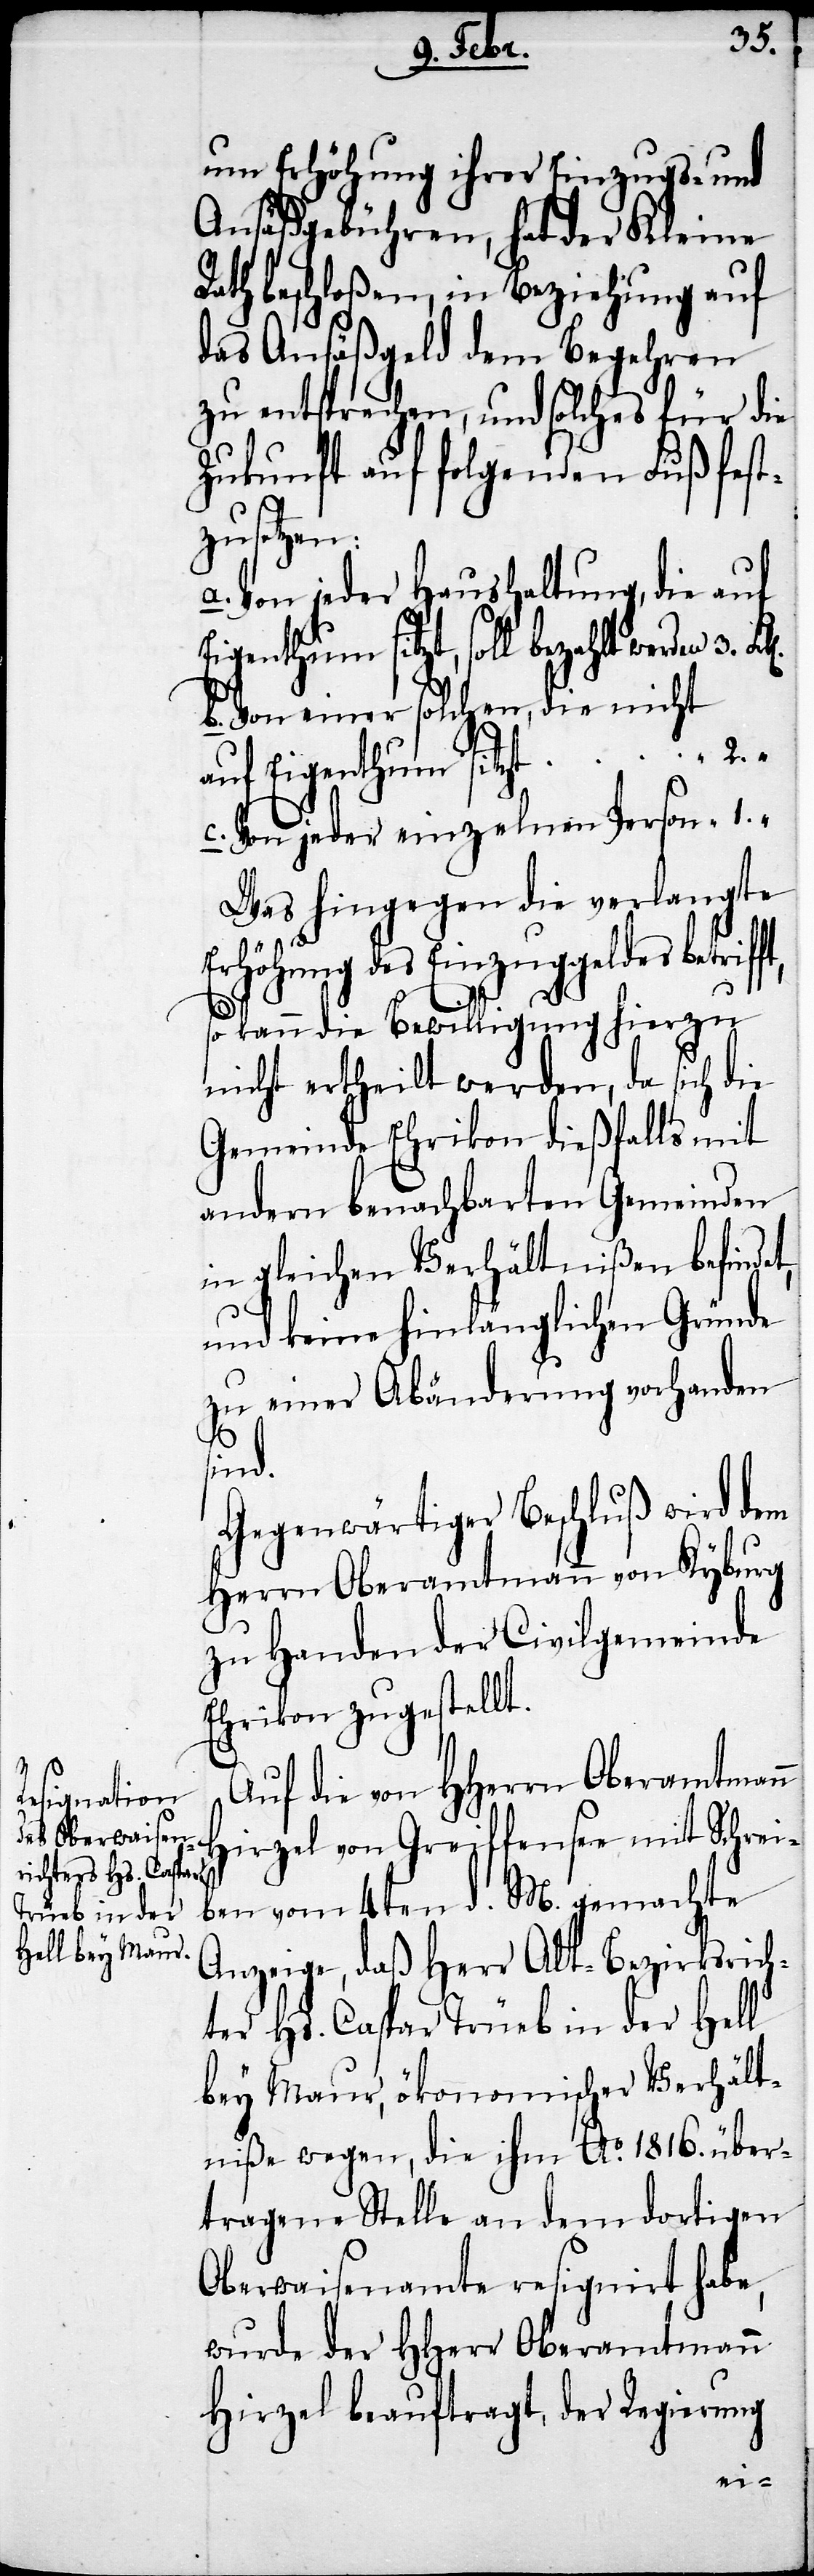
ft,
um Erhöhung ihrer Einzugs- und
Ansäßgebühren, hat der Kleine
Rath beschloßen, in Beziehung auf
das Ansäßgeld dem Begehren
zu entsprechen, und solches für die
Zukunft auf folgenden Fuß fest¬
zusetzen:
a. Von jeder Haushaltung, die auf
Eigenthum sitzt, soll bezahlt werden 	3.
b. Von einer solchen, die nicht
auf Eigenthum sitzt		"		2.
c. Von jeder einzelnen
Was hingegen die verlangte
Erhöhung des Einzuggeldes betrif¬
so kann die Bewilligung hierzu
nicht ertheilt werden, da sich die
Gemeinde Ehrikon dießfalls mit
andern benachbarten Gemeinden
in gleichen Verhältnißen befind¬
und keine hinlänglichen Gründe
zu einer Abänderung vorhanden
sind.
Gegenwärtiger Beschluß wird dem
Herrn Oberamtmann von Kyburg
zu Handen der Civilgemeinde
Ehrikon zugestellt.
Auf die von HHerrn Oberamtmann
Hirzel von Greiffensee mit Schrei¬
ben vom 4ten d. M. gemachte
Anzeige, daß Herr Alt-Bezirksrich¬
ter Hs. Caspar Trüeb in der Hell
bey Maur, ökonomischer Verhält¬
niße wegen, die ihm Ao. 1816. über¬
tragene Stelle an dem dortigen
Oberwaisenamte resignirt habe,
wurde der HHerr Oberamtmann
Hirzel beauftragt, der Regierung
et,